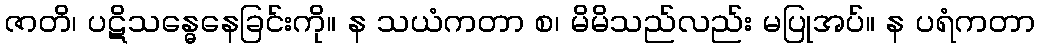
ဇာတိ၊ ပဋိသန္ဓေနေခြင်းကို။ န သယံကတာ စ၊ မိမိသည်လည်း မပြုအပ်။ န ပရံကတာ